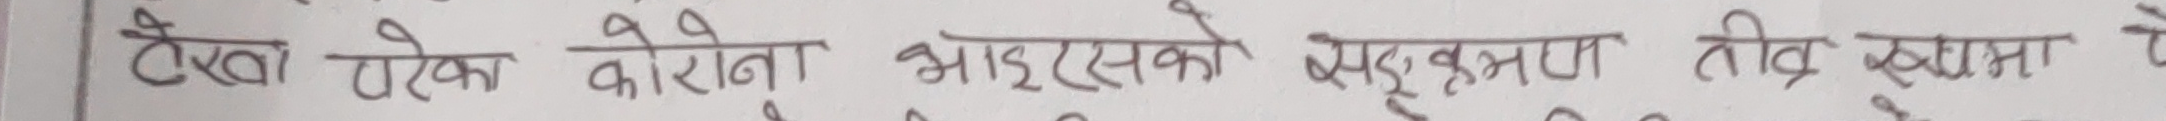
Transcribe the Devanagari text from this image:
देखा परेका कोरोना भाइरसको सङ्क्रमण तीव्र रूपमा फैलिइरहे